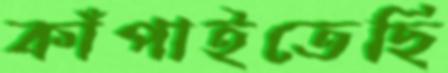
কাঁপাইতেছি